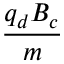
\frac { q _ { d } B _ { c } } { m }